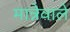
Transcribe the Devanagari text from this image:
मान्नेवाले